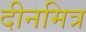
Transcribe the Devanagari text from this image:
दीनमित्र